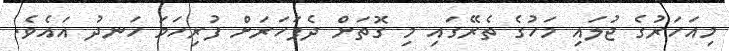
މިއަހަރުގެ ޖުލައި މަހުގެ ތެރޭގައި މި ގޮތަށް ދެފަހަރަށް ފުރިހަމަ ހަނދު އައެވެ.